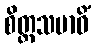
စိတ္တသမာဓိံ